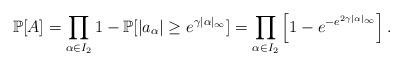
LaTeX: \begin{align*}\mathbb P[A]=\prod_{\alpha\in I_2}1-\mathbb P[|a_{\alpha}|\geq e^{\gamma|\alpha|_\infty}]=\prod_{\alpha\in I_2}\left[1-e^{-e^{2\gamma |\alpha|_\infty}}\right].\end{align*}